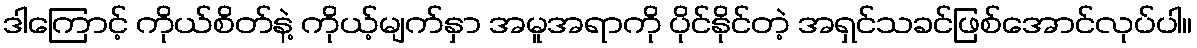
ဒါကြောင့် ကိုယ်စိတ်နဲ့ ကိုယ့်မျက်နှာ အမူအရာကို ပိုင်နိုင်တဲ့ အရှင်သခင်ဖြစ်အောင်လုပ်ပါ။